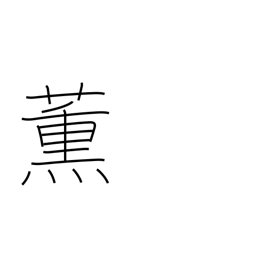
Meaning: smoke (tobacco)